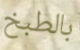
بالطبخ